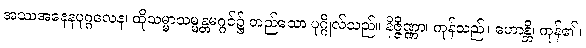
အဿအနေနပုဂ္ဂလေန၊ ထိုသမ္မာသမ္မန္တမဂ္ဂင်၌ တည်သော ပုဂ္ဂိုလ်သည်။ နိဇ္ဇိဏ္ဏာ၊ ကုန်သည်။ ဟောန္တိ၊ ကုန်၏။